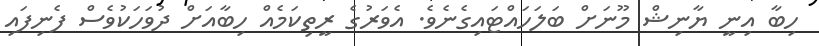
ހިބާ އިނީ ޔާނިޝް މޫނަށް ބަލަހައްޓައިގެނެވެ. އެވަރުގެ ރީތިކަމެއް ހިބާއަށް ދުވަހަކުވެސް ފެނިފައި